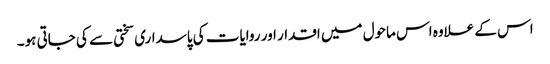
اس کے علاوہ اس ماحول میں اقدار اور روایات کی پاسداری سختی سے کی جاتی ہو۔